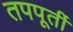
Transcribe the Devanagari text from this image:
तपपूर्ती